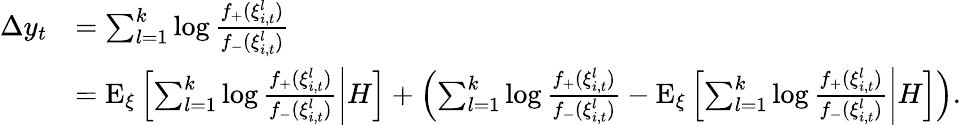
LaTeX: \begin{array}{rl}{\Delta y_{t}}&{=\sum_{l=1}^{k}\log\frac{f_{+}(\xi_{i,t}^{l})}{f_{-}(\xi_{i,t}^{l})}}\\ &{=\mathrm{E}_{\xi}\left[\left.\sum_{l=1}^{k}\log\frac{f_{+}(\xi_{i,t}^{l})}{f_{-}(\xi_{i,t}^{l})}\right|H\right]+\left(\sum_{l=1}^{k}\log\frac{f_{+}(\xi_{i,t}^{l})}{f_{-}(\xi_{i,t}^{l})}-\mathrm{E}_{\xi}\left[\left.\sum_{l=1}^{k}\log\frac{f_{+}(\xi_{i,t}^{l})}{f_{-}(\xi_{i,t}^{l})}\right|H\right]\right).}\end{array}